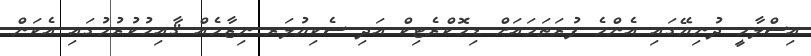
އިސްލާމީ ދުނިޔޭގައި އެންމެ ފުރަތަމައަށް ޑިމޮކްރެޓިކް އަދި ސެކިޔުލަރ ނިޒާމެއް ޤާއިމުކުރުމުގައި އެކަން